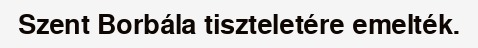
Szent Borbála tiszteletére emelték.